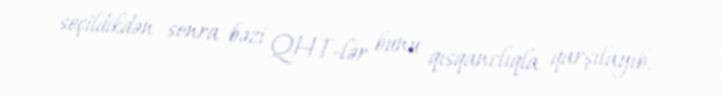
seçildikdən sonra bəzi QHT-lər bunu qısqanclıqla qarşılayıb.